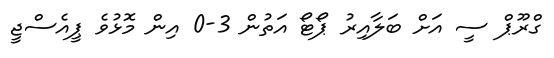
ގްރޫޕް ސީ އަށް ބަލާއިރު ޕޯޓޯ އަތުން 3-0 އިން މޮޅުވެ ޕީއެސްޖީ